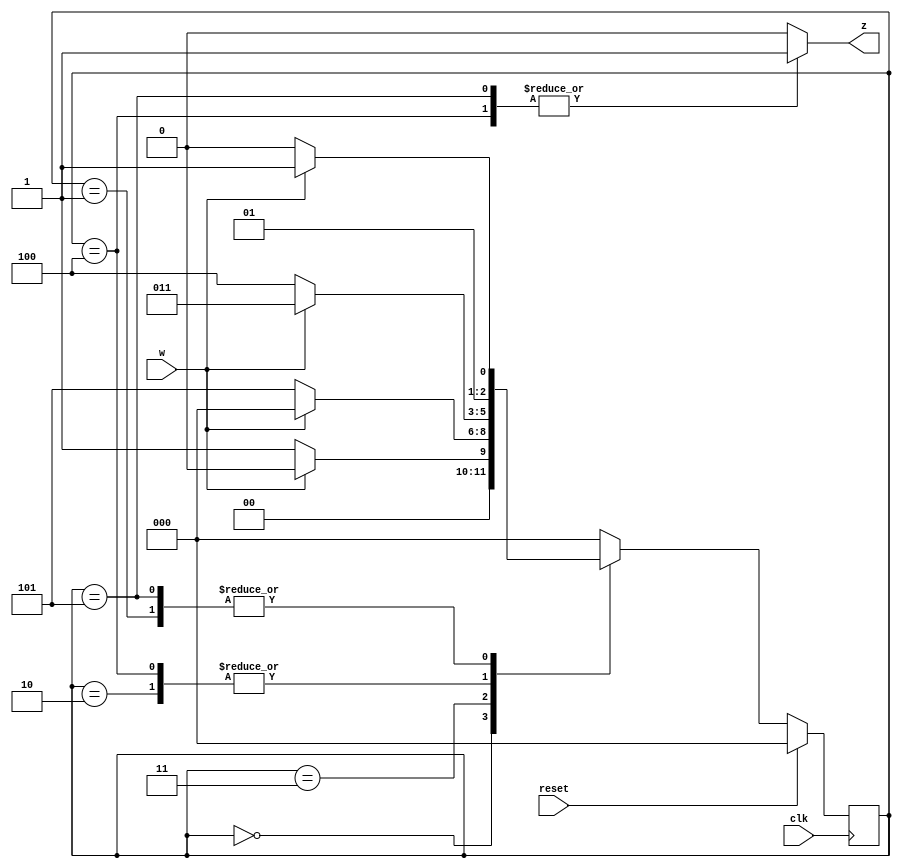
//2023_7_9 kerong
//FSM
module top_module (
    input clk,
    input reset,     // synchronous reset
    input w,
    output z);

    parameter A = 3'b000;
    parameter B = 3'b001;
    parameter C = 3'b010;
    parameter D = 3'b011;
    parameter E = 3'b100;
    parameter F = 3'b101;

    reg[2:0] state, nstate;
    reg reg_z;

    assign z = reg_z;

    always@(posedge clk) begin
        if(reset)begin
            state <= A;
        end
        else begin
            state <= nstate;
        end
    end

    always@(*)begin
        case(state)
            A:nstate = w ? A : B;
            B:nstate = w ? D : C;
            C:nstate = w ? D : E;
            D:nstate = w ? A : F;
            E:nstate = w ? D : E;
            F:nstate = w ? D : C;
            default:nstate = A;
        endcase
    end

    always@(*)begin
        case(state)
            A:reg_z = 1'b0;
            B:reg_z = 1'b0;
            C:reg_z = 1'b0;
            D:reg_z = 1'b0;
            E:reg_z = 1'b1;
            F:reg_z = 1'b1;
            default:reg_z = 1'b0;
        endcase
    end

endmodule